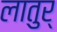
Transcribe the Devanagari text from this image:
लातुर्